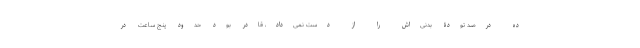
ده درصد تودۀ بدنی‌اش را از دست نمی‌داد، قادر بود حدود پنج ساعت در